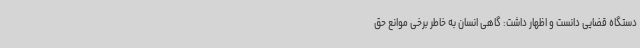
دستگاه قضایی دانست و اظهار داشت: گاهی انسان به خاطر برخی موانع حق